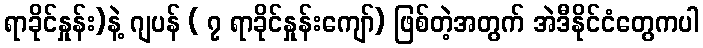
ရာခိုင်နှုန်း)နဲ့ ဂျပန် ( ၇ ရာခိုင်နှုန်းကျော်) ဖြစ်တဲ့အတွက် အဲဒီနိုင်ငံတွေကပါ